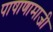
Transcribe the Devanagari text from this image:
पाषाणामाजी